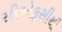
સીએફસીથી